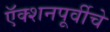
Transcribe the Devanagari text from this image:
ऍक्शनपूर्वीचे